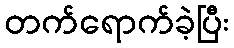
တက်ရောက်ခဲ့ပြီး